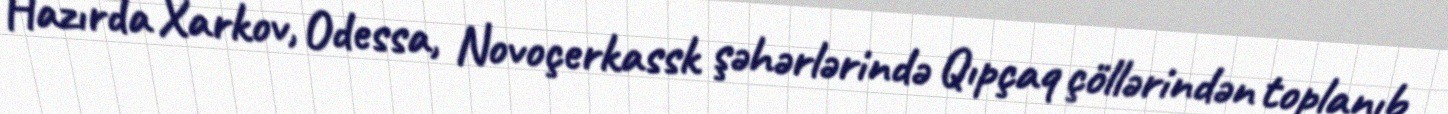
Hazırda Xarkov, Odessa, Novoçerkassk şəhərlərində Qıpçaq çöllərindən toplanıb